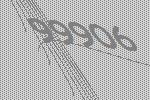
99906